Report of the Imperial Institute of Veterinary Research, Muktesar
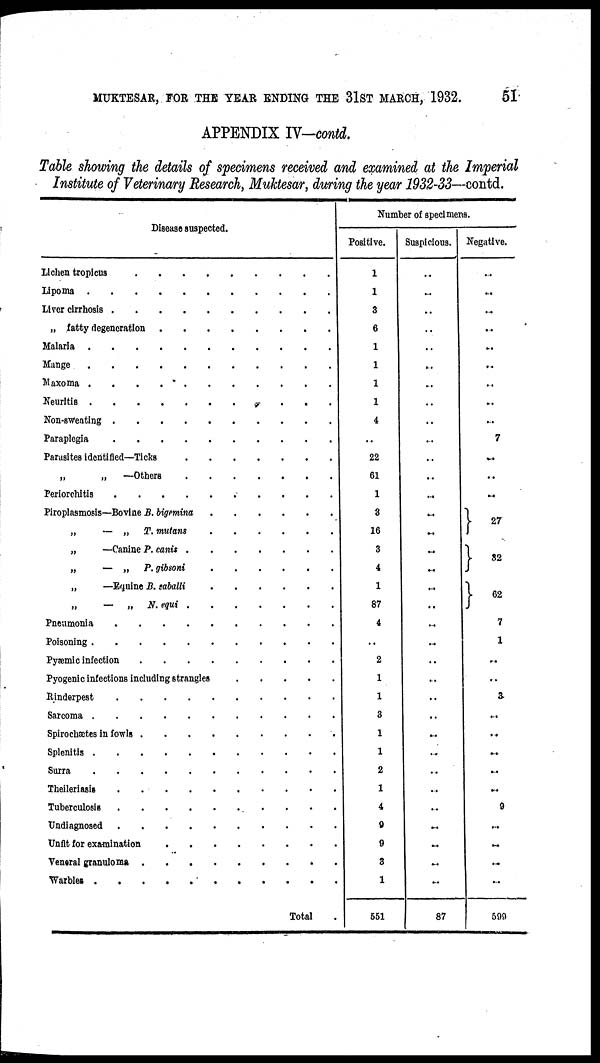
MUKTESAR, FOR THE YEAR ENDING THE 31ST MARCH, 1932.
51
APPENDIX IV-contd.
Table showing the details of specimens received and examined at the Imperial
Institute of Veterinary Research, Muktesar, during the year 1932-33—contd.
Disease suspected.
Lichen tropicus
Lipoma
Liver cirrhosis
„ fatty degeneration
Malaria
Mange
Maxoma
Neuritis
.
.
Non-sweating
Paraplegia
Parasites identified-Ticks
„ „ -Others
Periorchitis
Piroplasmosis—Bovine B. bigemina
„
— „ T.
mutans
„
—Canine P. canis
„
— „ P. gibsoni
„
—Equine B. eaballi
„
— „ N. equi
Pneumonia
Poisoning
Pyæmic infection
Pyogenic infections including strangles
Rinderpest
Sarcoma
Spirochætes in fowls
Splenitis
Surra
Theileriasis
Tuberculosis
Undiagnosed
Unfit for examination
Veneral granuloma
Warbles
Total
Number of specimens.
Positive.
10
1
3
6
1
1
1
1
4
22
61
1
3
16
3
4
1
87
4
..
2
1
1
3
1
1
2
1
4
9
9
3
1
551
Suspicious.
..
..
..
..
..
..
..
..
..
..
..
..
..
..
..
..
..
..
..
..
..
..
..
..
..
..
..
..
..
..
..
..
87
Negative.
..
..
..
..
..
..
..
..
..
7
..
..
..
}
27
} 32
} 62
7
1
..
..
3
..
..
..
..
..
9
..
..
..
..
599